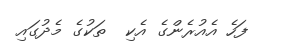
ފަހެ އެއުރެންގެ އެކި  ތަކުގެ މެދުގައި